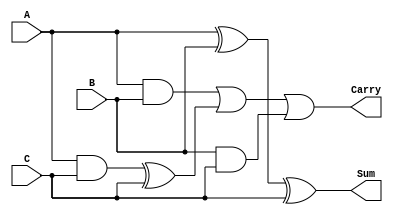
module CarrySaveAdder #(parameter N = 8) (
    input  [N-1:0] A, // First operand
    input  [N-1:0] B, // Second operand
    input  [N-1:0] C, // Third operand
    output [N-1:0] Sum, // Final sum output
    output [N-1:0] Carry // Final carry output
);

// Intermediate signals for partial sums and carries
wire [N-1:0] partial_sum_AB;
wire [N-1:0] partial_carry_AB;
wire [N-1:0] partial_sum_AC;
wire [N-1:0] partial_carry_AC;
wire [N-1:0] partial_sum_BC;
wire [N-1:0] partial_carry_BC;

// Calculate partial sums and carries for pairs of inputs
assign partial_sum_AB = A ^ B; // Partial sum of A and B
assign partial_carry_AB = A & B; // Partial carry of A and B

assign partial_sum_AC = A ^ C; // Partial sum of A and C
assign partial_carry_AC = A & C; // Partial carry of A and C

assign partial_sum_BC = B ^ C; // Partial sum of B and C
assign partial_carry_BC = B & C; // Partial carry of B and C

// Final sum and carry calculation
// Combine the partial sums and carries
wire [N-1:0] sum_temp;
wire [N-1:0] carry_temp;

// Sum of partial sums
assign sum_temp = partial_sum_AB ^ C; // Combine partial sums with C
assign carry_temp = partial_carry_AB | (partial_carry_AC ^ C) | (partial_carry_BC); // Combine carries

// Final outputs
assign Sum = sum_temp;
assign Carry = carry_temp;

endmodule